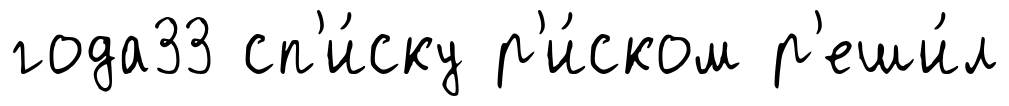
года33 сп'и́ску р'и́ском р'еши́л